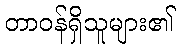
တာဝန်ရှိသူများ၏